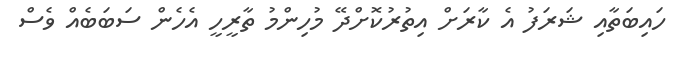
ހައިބަތާއި ޝަރަފު އެ ކާރަށް އިތުރުކޮށްދޭ މުހިންމު ތާރީހީ އެހެން ސަބަބެއް ވެސް